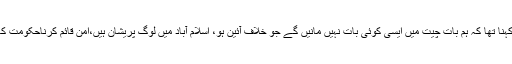
انہوں کا کہنا تھا کہ ہم بات چیت میں ایسی کوئی بات نہیں مانیں گے جو خلاف آئین ہو، اسلام آباد میں لوگ پریشان ہیں،امن قائم کرناحکومت کا کام ہے۔